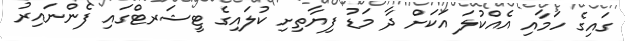
ގައިގެ ހަމާއި އެއްކުލަ އަކަށް ދާ މަޑު ފިޔާތިށި ކުލައިގެ ޓީޝަރޓްގައި ފެންނައިރު